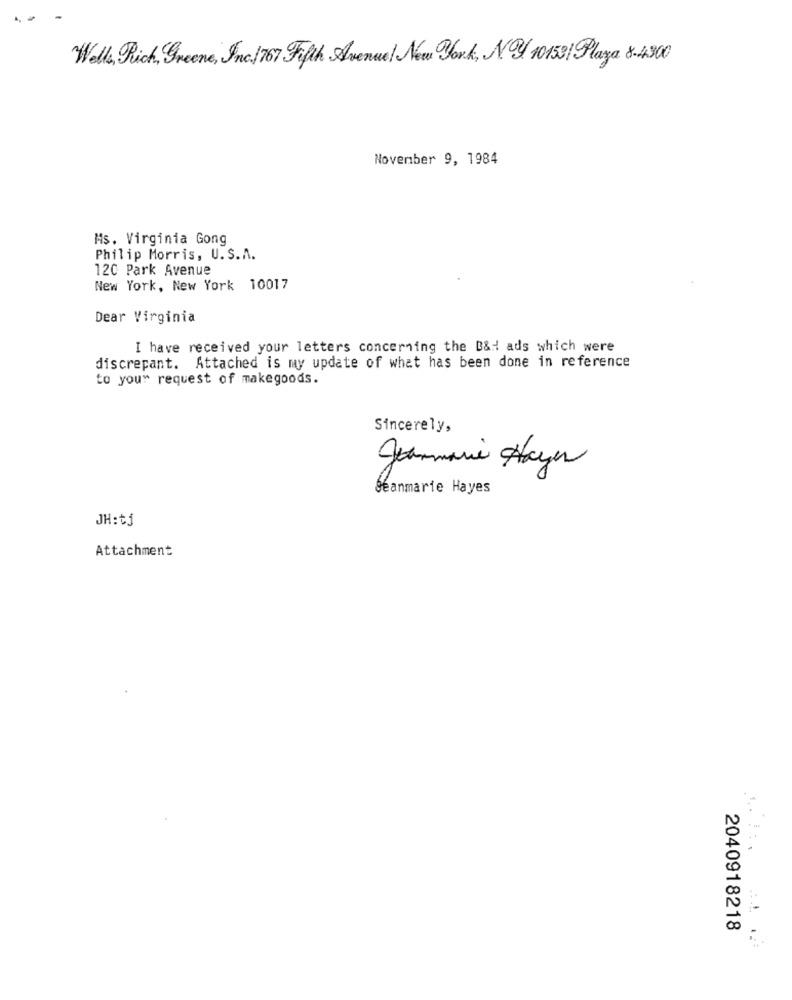
Well, Rich, Greene, Inc./ 767 Fifth Avenue! New York, Ny 10153/ Playa 8-4900
November 9, 1984
Ms. Virginia Gong
Philip Morris, U.S.A.
120 Park Avenue
New York, New York 10017
Dear Virginia
I have received your letters concerning the B&# ads which were
discrepant. Attached is my update of what has been done in reference
to your request of makegoods.
Sincerely,
Jeanmarie Hayer
Seanmarie Hayes
JH:tj
Attachment
2040918218